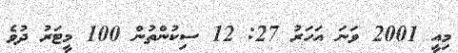
މިއީ 2001 ވަނަ އަހަރު 27: 12 ސިކުންތުން 100 މީޓަރު ދުވެ